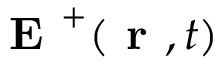
\textbf { E } ^ { + } ( \textbf { r } , t )